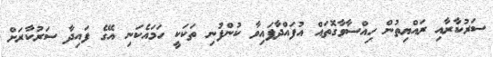
ސަރުކާރާއި ރައްޔިތުން ހިއްސާވާގޮތައް އުފައްދާފައިވާ ކުންފުނި ތަކަކީ ހަމައެކަނި އޭގެ ފައިދާ ސަރުކާރަށް